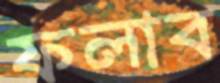
ফলাব